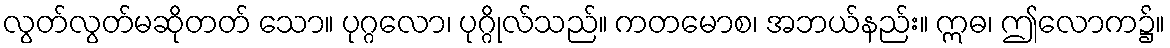
လွတ်လွတ်မဆိုတတ် သော။ ပုဂ္ဂလော၊ ပုဂ္ဂိုလ်သည်။ ကတမောစ၊ အဘယ်နည်း။ ဣဓ၊ ဤလောက၌။